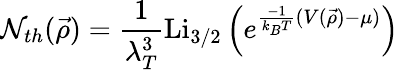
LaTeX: \mathcal{N}_{th}(\vec{\rho})=\frac{1}{\lambda_{T}^{3}}\mathrm{Li}_{3/2}\left(e^{\frac{-1}{k_{B}T}(V(\vec{\rho})-\mu)}\right)